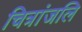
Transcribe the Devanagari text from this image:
चित्रांजलि